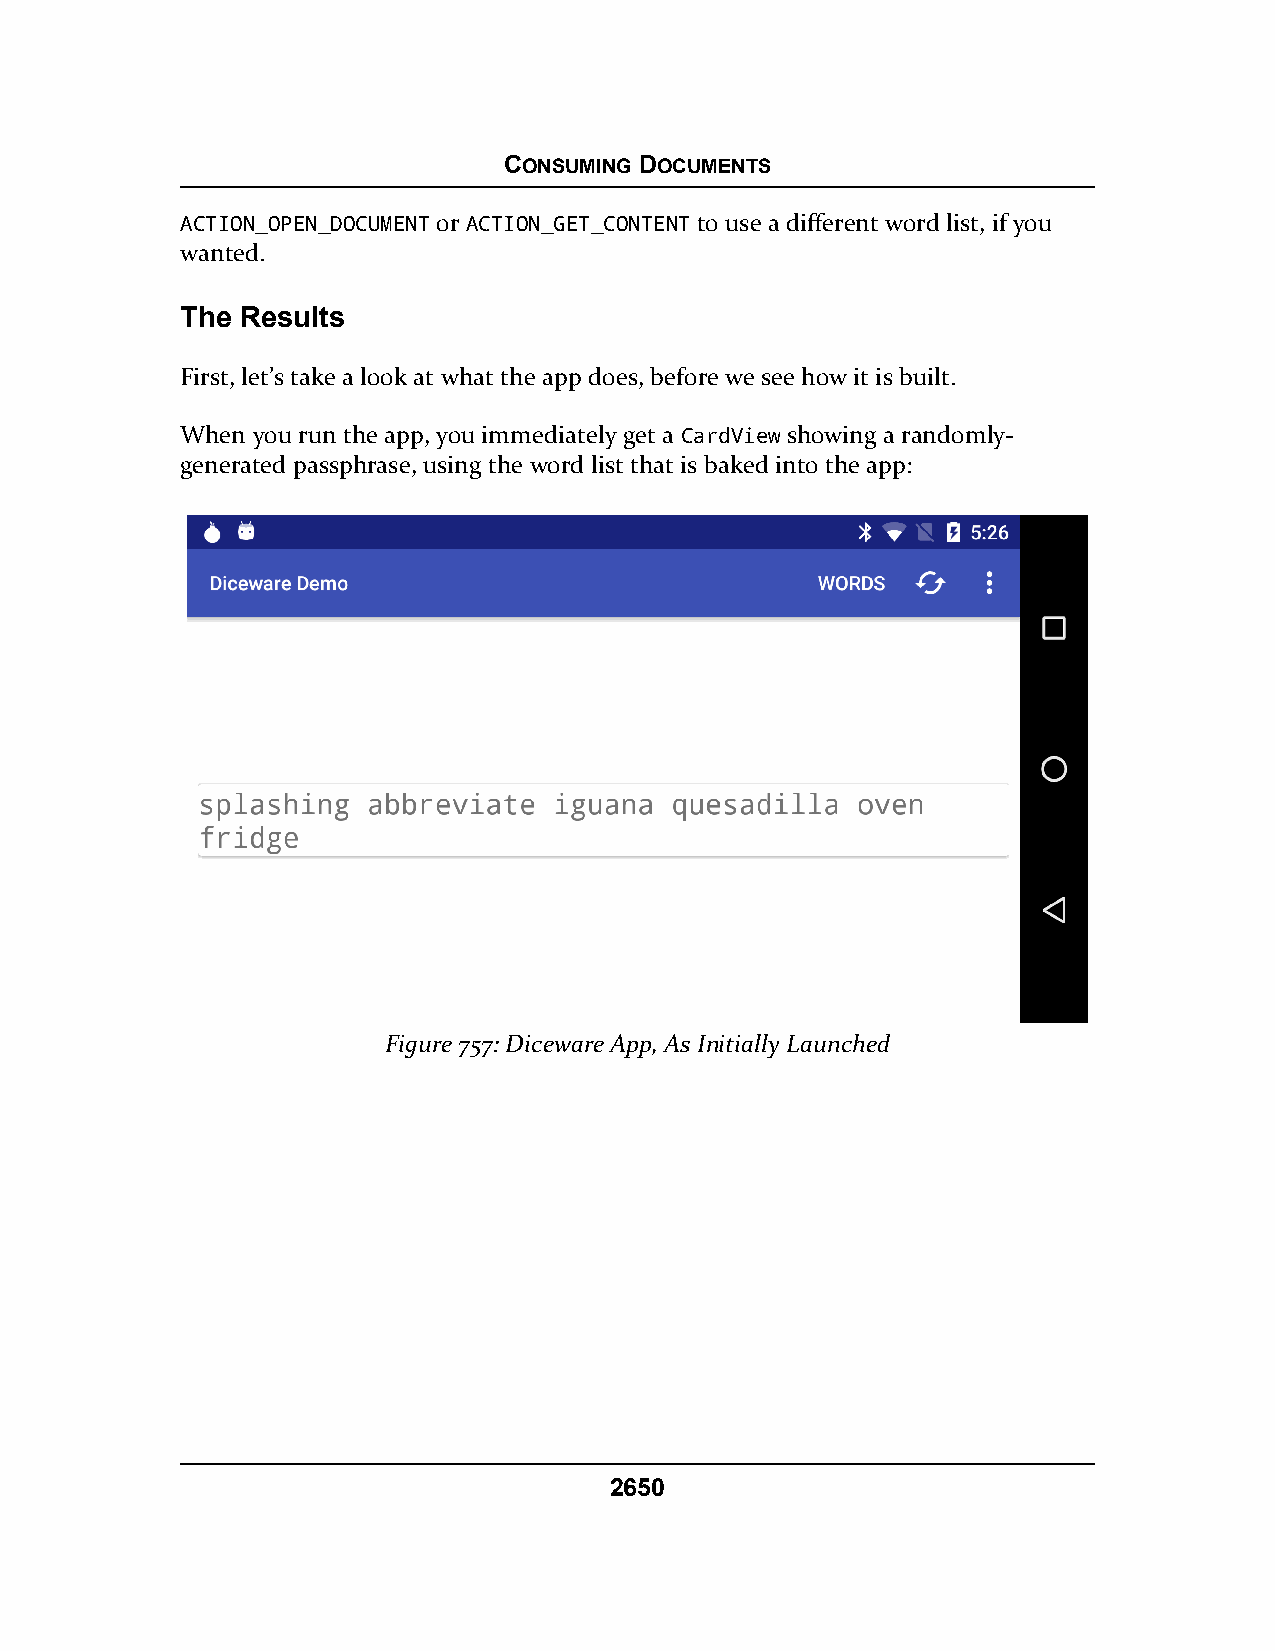
CONSUMING DOCUMENTS
 ACTION_OPEN_DOCUMENT or ACTION_GET_CONTENT to use a different word list, if you
 wanted.
 The Results
 First, let’s take a look at what the app does, before we see how it is built.
 When you run the app, you immediately get a CardView showing a randomly-
 generated passphrase, using the word list that is baked into the app:
 Figure 757: Diceware App, As Initially Launched
 2650